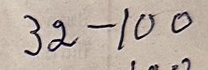
32 - 100